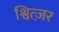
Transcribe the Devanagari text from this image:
श्वित्ज़र